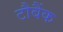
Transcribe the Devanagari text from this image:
टौबैंक